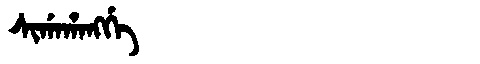
Manchu: ᠰᡳᡤᠠᡥᠠᠩᡤᡝ
Romanization: SIGAHANGGE